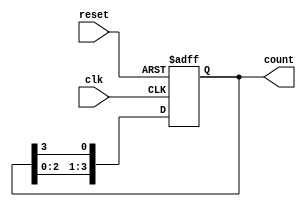
module synchronous_ring_counter (
    input wire clk,         // Clock signal
    input wire reset,       // Asynchronous reset signal
    output reg [3:0] count  // 4-bit output for the ring counter
);

    // Initial state
    initial begin
        count = 4'b0001;    // Initialize the counter to 1000
    end

    // Synchronous process
    always @(posedge clk or posedge reset) begin
        if (reset) begin
            count <= 4'b0001; // Reset the counter to the initial state
        end else begin
            count <= {count[2:0], count[3]}; // Shift left and wrap around
        end
    end

endmodule